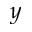
y